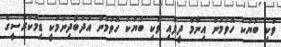
ވަކި ބަޔަކު ހޮވުމުން އިނާމް ދީފައި ވަކި ބަޔަކު ހޮވުމުން އަދަބުދިނުމަކީ ޑިމޮކްރަސީގެ